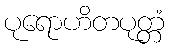
ပုရောဟိတပုတ္တံ